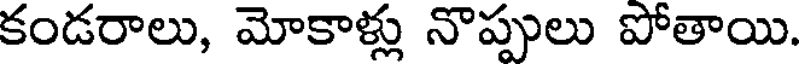
కండరాలు, మోకాళ్లు నొప్పులు పోతాయి.